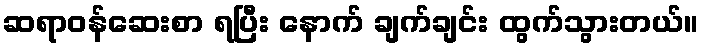
ဆရာဝန်ဆေးစာ ရပြီး နောက် ချက်ချင်း ထွက်သွားတယ်။